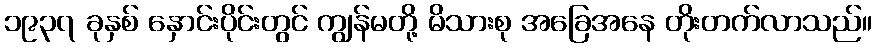
၁၉၃၇ ခုနှစ် နှောင်းပိုင်းတွင် ကျွန်မတို့ မိသားစု အခြေအနေ တိုးတက်လာသည်။